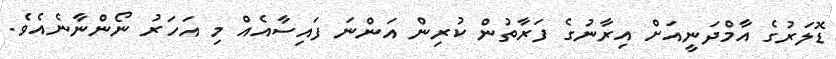
ޑޮލަރުގެ އާމްދަނީއަށް އިރާނުގެ ފަރާތުން ކުރިން އަންނަ ފައިސާއެއް މި އަހަރު ނޯންނާނެއެވެ.